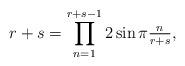
LaTeX: \begin{align*}r+s = \prod_{n=1}^{r+s-1} 2 \sin \pi \tfrac{n}{r+s},\end{align*}